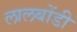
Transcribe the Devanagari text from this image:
लालबोंडी